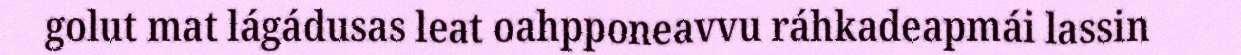
golut mat lágádusas leat oahpponeavvu ráhkadeapmái lassin